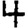
Digit: 4